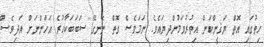
ހިތުގައި އޮތް ޔަޤީންކަން އިތުރުވަމުންދިޔައެވެ. ނަމަވެސް ގޮތް ނޭނގޭ ސަބަބަކާހުރެ އަހަންނަށް އަދިވެސް